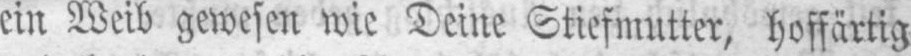
ein Weib gewesen wie Deine Stiefmutter, hoffärtig